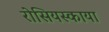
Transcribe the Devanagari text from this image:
रोसियस्काया